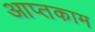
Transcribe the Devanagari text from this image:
आप्तकाम